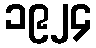
၁၉၂၄